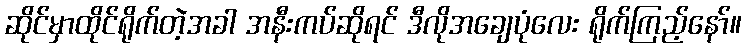
ဆိုင်မှာထိုင်ရိုက်တဲ့အခါ အနီးကပ်ဆိုရင် ဒီလိုအချေပုံလေး ရိုက်ကြည့်နော်။